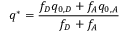
q ^ { * } = { \frac { f _ { D } q _ { 0 , D } + f _ { A } q _ { 0 , A } } { f _ { D } + f _ { A } } }